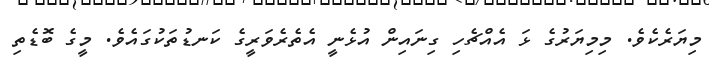
މިޔަރެކެވެ. މިމިޔަރުގެ ޅަ އެއްޗެހި ގިނައިން އުޅެނީ އެތެރެވަރީގެ ކަނޑުތަކުގައެވެ. މީގެ ބޮޑެތި